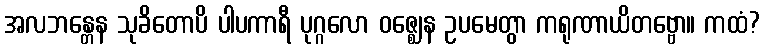
အလဘန္တေန သုခိတောပိ ပါပကာရီ ပုဂ္ဂလော ဝဇ္ဈေန ဥပမေတွာ ကရုဏာယိတဗ္ဗော။ ကထံ?